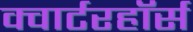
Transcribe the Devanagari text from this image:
क्वार्टरहॉर्स